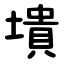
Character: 墤